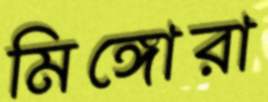
মিঙ্গোরা